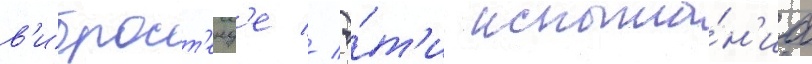
в'иброст'енд'е // Э́т'и испыта́н'иа